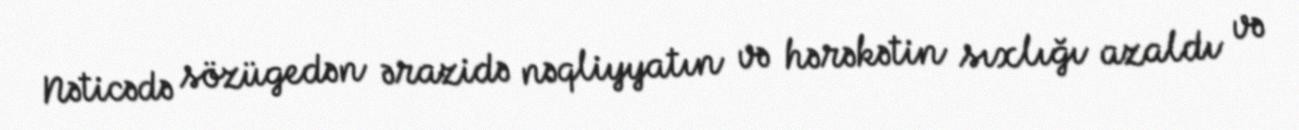
Nəticədə sözügedən ərazidə nəqliyyatın və hərəkətin sıxlığı azaldı və